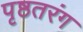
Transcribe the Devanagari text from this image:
पृष्ठतरंग